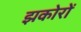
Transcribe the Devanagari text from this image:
झकोरों